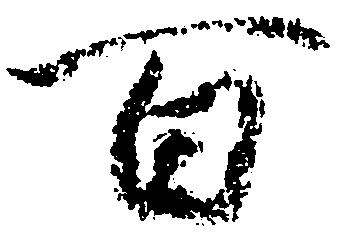
百